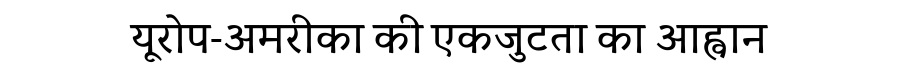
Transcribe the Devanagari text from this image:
यूरोप-अमरीका की एकजुटता का आह्वान